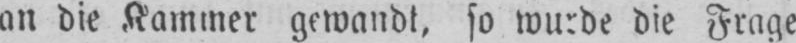
an die Kammer gewandt, so wurde die Frage